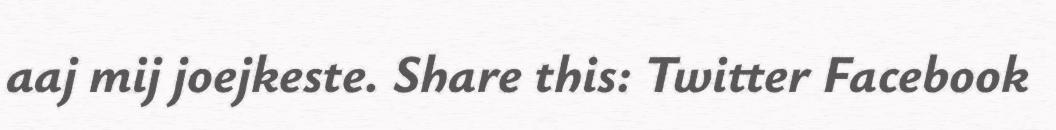
aaj mij joejkeste. Share this: Twitter Facebook